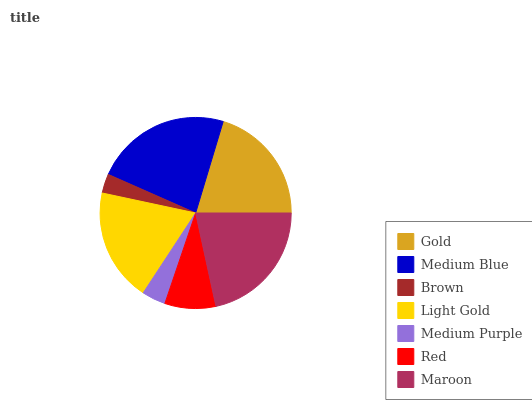
| Gold | Medium Blue | Brown | Light Gold | Medium Purple | Red | Maroon |
 | --- | --- | --- | --- | --- | --- | --- |
 | 20.3% | 23.1% | 3.26% | 19.1% | 4.02% | 8.62% | 21.6% |